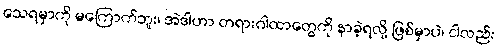
သေရမှာကို မကြောက်ဘူး၊ အဲဒါဟာ တရားဂါထာတွေကို နာခဲ့ရလို့ ဖြစ်မှာပဲ၊ ငါလည်း